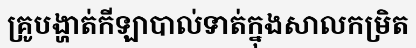
គ្រូបង្ហាត់កីឡាបាល់ទាត់ក្នុងសាលកម្រិត